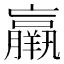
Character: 羸